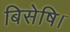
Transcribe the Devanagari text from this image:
बिसेषि।